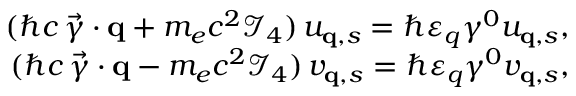
\begin{array} { r } { ( \hbar c \, \vec { \gamma } \cdot { \bf q } + m _ { e } c ^ { 2 } \mathcal { I } _ { 4 } ) \, u _ { { \bf q } , s } = \hbar \varepsilon _ { q } \gamma ^ { 0 } u _ { { \bf q } , s } , } \\ { ( \hbar c \, \vec { \gamma } \cdot { \bf q } - m _ { e } c ^ { 2 } \mathcal { I } _ { 4 } ) \, v _ { { \bf q } , s } = \hbar \varepsilon _ { q } \gamma ^ { 0 } v _ { { \bf q } , s } , } \end{array}